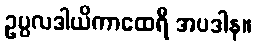
ဥပ္ပလဒါယိကာထေရီ အပဒါန။